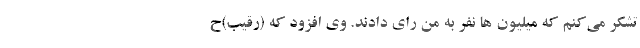
تشکر می‌کنم که میلیون ها نفر به من رای دادند. وی افزود که (رقیب)ح